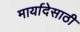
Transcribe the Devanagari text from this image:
मार्यादेसाठी